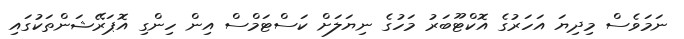
ނަމަވެސް މިދިޔަ އަހަރުގެ އޮކްޓޫބަރު މަހުގެ ނިޔަލަށް ކަސްޓަމްސް އިން ހިންގި އޮޕަރޭޝަންތަކުގައި